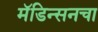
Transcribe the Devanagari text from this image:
मॅडिन्सनचा